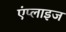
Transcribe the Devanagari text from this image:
एंप्लाइज